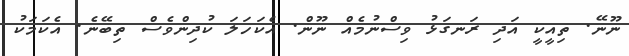
ނޫނޭ. ތިއީކީ އަދި ރަނގަޅު ވިސްނުމެއް ނޫން. އެކަހަލަ ކުދިންވެސް ތިބޭނެ. އެކަމަކު